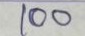
100